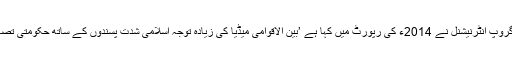
مائنورٹی رائٹس گروپ انٹرنیشنل نے 2014ء کی رپورٹ میں کہا ہے ’بین الاقوامی میڈیا کی زیادہ توجہ اسلامی شدت پسندوں کے ساتھ حکومتی تصادم کی جانب ہے۔